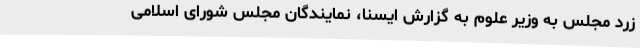
زرد مجلس به وزیر علوم به گزارش ایسنا، نمایندگان مجلس شورای اسلامی